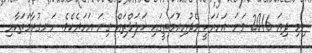
ނިމި ދިޔަ 2016 ވަނަ އަހަރަކީ މެދުއިރުމަތީގައި ޚަލަލްތައް ގިނަ އަހަރެކެވެ. ހަނގުރާމަތަކާއި